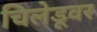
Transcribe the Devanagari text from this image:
चिलेडूवर